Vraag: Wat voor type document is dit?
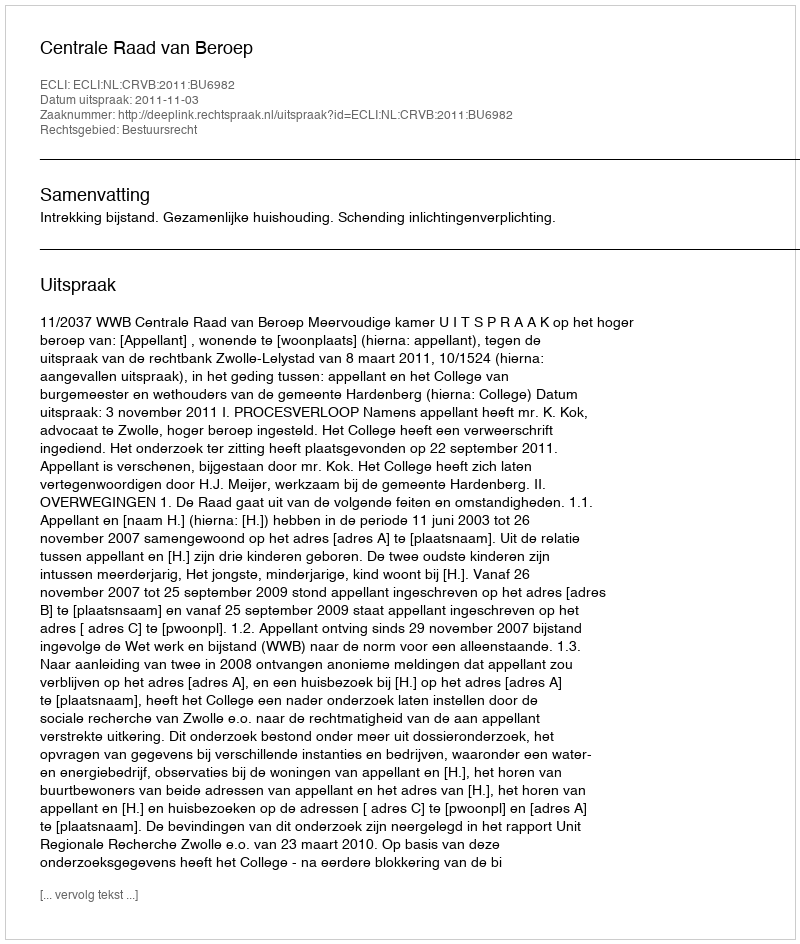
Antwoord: Uitspraak